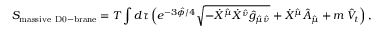
S _ { \mathrm { m a s s i v e \ D 0 - b r a n e } } = T \int d \tau \, \Big ( e ^ { - 3 \hat { \phi } / 4 } \sqrt { - \dot { X } ^ { \hat { \mu } } \dot { X } ^ { \hat { \nu } } \hat { g } _ { \hat { \mu } \hat { \nu } } } + \dot { X } ^ { \hat { \mu } } \hat { A } _ { \hat { \mu } } + m \, \hat { V } _ { t } \Big ) \, ,